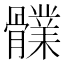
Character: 𩪤